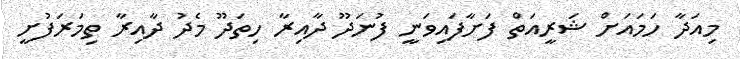
މިއަދާ ހަމައަށް ޝަރީއަތް ފަށާފައިވަނީ ފުނަދޫ ދާއިރާ ހިތަދޫ މެދު ދާއިރާ ތިމަރަފުށީ